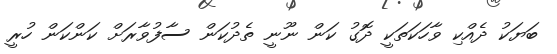
ބަޔަކު ދެއްކި ވާހަކަތަކީ ދޮގު ކަން ނޫނީ ތެދުކަން ސާފުވާރަށް ކަންކަން ހުރީ